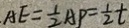
A E = \frac { 1 } { 2 } A P = \frac { 1 } { 2 } t